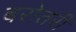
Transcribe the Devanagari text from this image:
बरोतरी